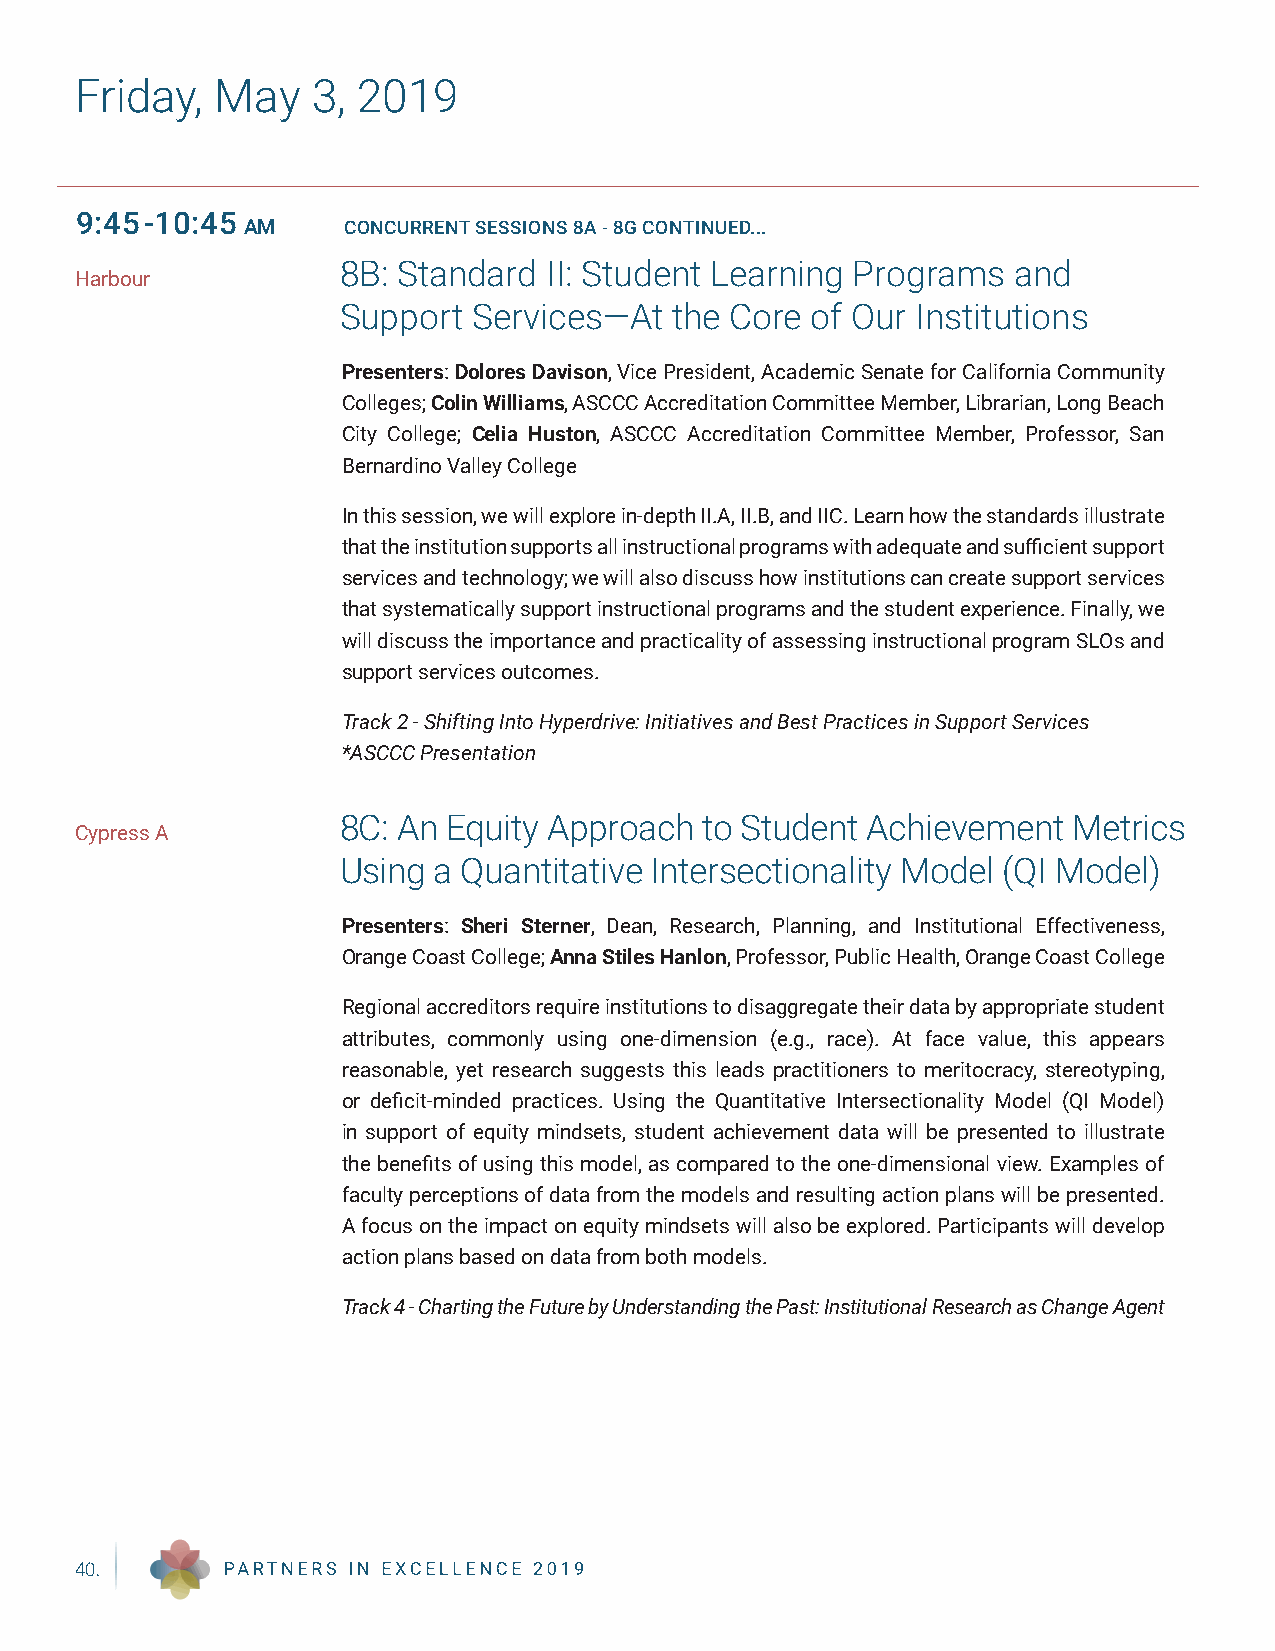
Friday,  May    3, 2019
 9:45-10:45
 AM     CONCURRENT SESSIONS 8A - 8G CONTINUED...
 8B: Standard  II: Student Learning Programs  and
 Harbour
 Support  Services—At  the Core  of Our Institutions
 Presenters: Dolores Davison, Vice President, Academic Senate for California Community
 Colleges; Colin Williams, ASCCC Accreditation Committee Member, Librarian, Long Beach
 City College; Celia Huston, ASCCC Accreditation Committee Member, Professor, San
 Bernardino Valley College
 In this session, we will explore in-depth II.A, II.B, and IIC. Learn how the standards illustrate
 that the institution supports all instructional programs with adequate and sufficient support
 services and technology; we will also discuss how institutions can create support services
 that systematically support instructional programs and the student experience. Finally, we
 will discuss the importance and practicality of assessing instructional program SLOs and
 support services outcomes.
 Track 2 - Shifting Into Hyperdrive: Initiatives and Best Practices in Support Services
 *ASCCC Presentation
 8C: An  Equity Approach to Student Achievement   Metrics
 Cypress A
 Using  a Quantitative Intersectionality Model (QI Model)
 Presenters: Sheri Sterner, Dean, Research, Planning, and Institutional Effectiveness,
 Orange Coast College; Anna Stiles Hanlon, Professor, Public Health, Orange Coast College
 Regional accreditors require institutions to disaggregate their data by appropriate student
 attributes, commonly using one-dimension (e.g., race). At face value, this appears
 reasonable, yet research suggests this leads practitioners to meritocracy, stereotyping,
 or deficit-minded practices. Using the Quantitative Intersectionality Model (QI Model)
 in support of equity mindsets, student achievement data will be presented to illustrate
 the benefits of using this model, as compared to the one-dimensional view. Examples of
 faculty perceptions of data from the models and resulting action plans will be presented.
 A focus on the impact on equity mindsets will also be explored. Participants will develop
 action plans based on data from both models.
 Track 4 - Charting the Future by Understanding the Past: Institutional Research as Change Agent
 40.